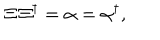
\Xi \, \Xi ^ { \dagger } = \alpha = \alpha ^ { \dagger } ,